Leprosy in India: report of the Leprosy Commission in India, 1890-91
Year: 1890
Disease focus: Leprosy
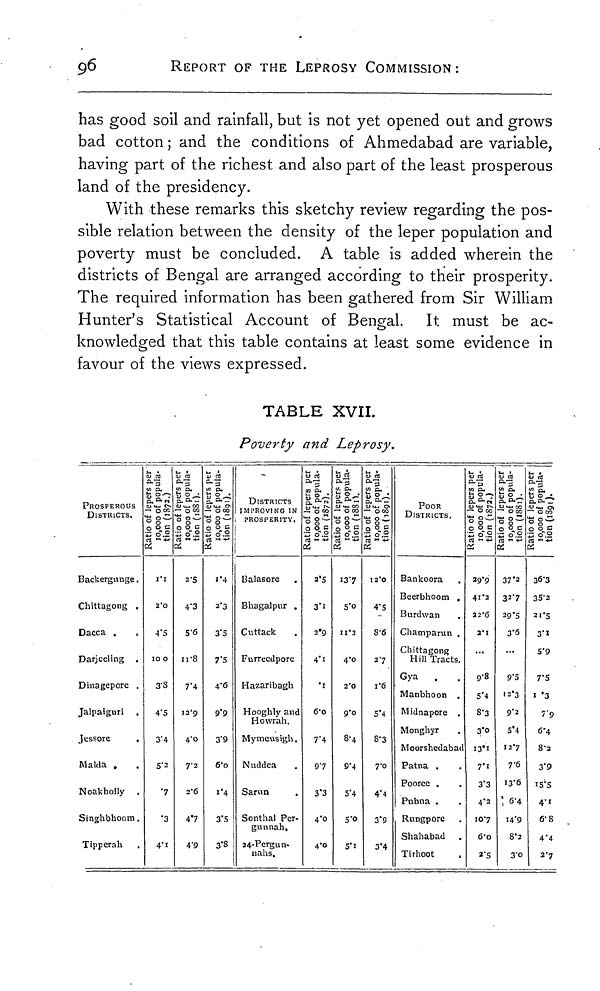
96
REPORT OF THE LEPROSY COMMISSION :
has good soil and rainfall, but is not yet opened out and grows
bad cotton ; and the conditions of Ahmedabad are variable,
having part of the richest and also part of the least prosperous
land of the presidency.
With these remarks this sketchy review regarding the pos-
sible relation between the density of the leper population and
poverty must be concluded. A table is added wherein the
districts of Bengal are arranged according to their prosperity.
The required information has been gathered from Sir William
Hunter's Statistical Account of Bengal. It must be ac-
knowledged that this table contains at least some evidence in
favour of the views expressed.
TABLE XVII.
Poverty and Leprosy.
PROSPEROUS
DISTRICTS.
Backergunge.
Chittagong .
Dacca .
Darjeeling .
Dinagepore .
Jalpaiguri
Jessore
.
M aida .
Noakholly
Singhbhoom.
Tipperah
Ratio of lepers per
10,000 of popula-
tion (1872.)
I.1
2.0
4.S
10 0
3.8
4..5
3.4
5.3
.7
.3
4.1
Ratio of lepers per
10,000 of popula-
tion (1881).
2.5
4.3
5.6
11.8
7.4
12.9
4.0
7.2
2.6
4.7
4.9
Ratio of lepers per
10,000 of popula-
tion (1891).
1.4
2.3
3..5
7.5
4.6
9.9
3.9
6.0
1.4
3.5
3.8
DISTRICTS
IMPROVING IN
PROSPERITY.
Balasore
Bhagalpur .
Cuttack
Furreedpore
Hazaribagh
Hooghly and
Howrah.
Mymeusigh.
Nuddea
Sarun
Sonthal Per-
gunnah,
24-Pergun-
nahs.
Ratio of lepers per
10,000 of popula-
tion (1872).
2.5
3.1
2.9
4.1
.1
6.0
7.4
9.7
3.3
4.0
4.0
Ratio of lepers per
10,000 of popula-
tion (1881).
I3.7
5.0
11.2
4.0
2.0
9.0
8.4
9.4
5.4
501
5.1
Ratio of lepers per
10,000 of popula-
tion (1891).
12.0
4.5
8.6
2.7
1.6
5.4
8.3
7.0
4.4
3.9
3.4
POOR
DISTRICTS.
Bankoora
Beerbhoom .
Burdwan
Champarun .
Chittagong
Hill Tracts.
Gya
Manbhoon .
Midnapore .
Monghyr
Moorshedabad
Patna .
Poorce .
Pubna .
. Rungpore
Shahabad
Tirhoot
Ratio of lepers per
10,000 of popula-
tion (1872.)
29.9
41.2
22.6
2.1
5.4
8.3
3.0
I3.1
7.1
3.3
4.2
IO.7
6.0
2.5
Ratio of lepers per
10,000 of popula-
tion (1881).
37.2
32.7
29.5
3.6
9 -.1
12.3
9.2
5.4
12.7
7.6
13.6
6.4
I4.9
8.2
3 -.0
Ratio of le
10,000 of p
tion (1891)
36.3
35.2
21.5
3. I
5.9
7.5
1.3
7.9
6.4
8.2
3.9
15.9
4.1
6.8
4.4
2.7